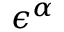
\epsilon ^ { \alpha }